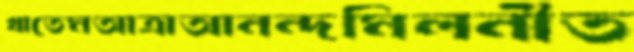
খাতেমআত্রাআনন্দমিলনীত